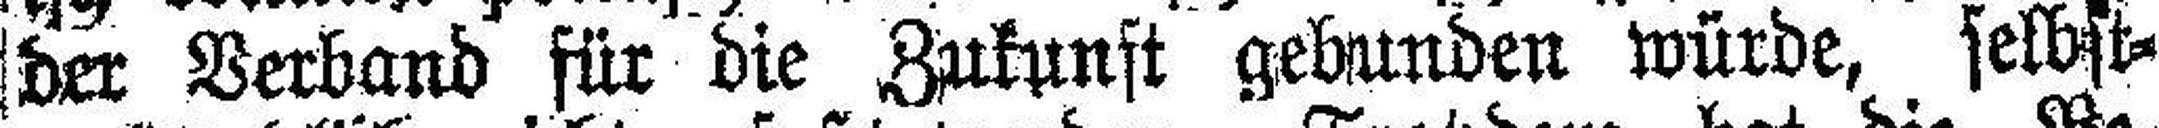
der Verband für die Zukunft gebunden würde, selbst¬